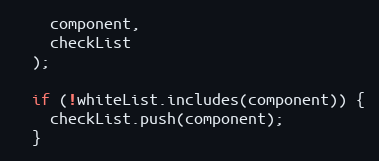
Language: JavaScript
    component,
    checkList
  );

  if (!whiteList.includes(component)) {
    checkList.push(component);
  }